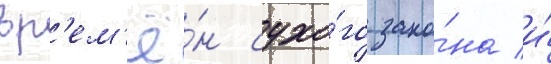
вр'ем'ё́н сухо́го зако́на и́